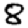
Digit: 8